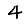
Digit: 4